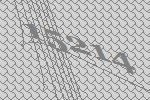
15214